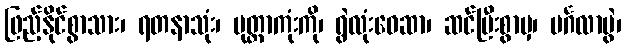
ဖြည့်နိုင်စွာသား၊ ရတနာသုံး၊ မုတ္တာကုံးကို၊ ရွဲလုံးဝေဆာ၊ ဆင်ပြီးစွာမှ၊ မင်္ဂလာပွဲ၊